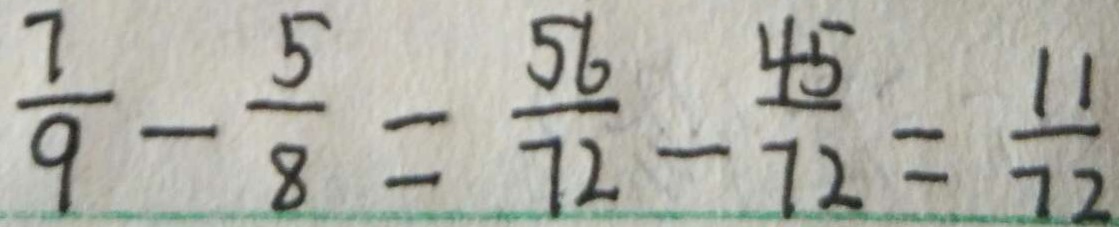
\frac { 7 } { 9 } - \frac { 5 } { 8 } = \frac { 5 6 } { 7 2 } - \frac { 4 5 } { 7 2 } = \frac { 1 1 } { 7 2 }